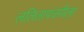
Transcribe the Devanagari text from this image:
ललितापंचमीला